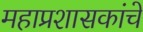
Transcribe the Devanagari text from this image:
महाप्रशासकांचे